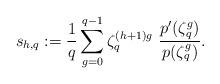
LaTeX: \begin{align*}s_{h,q}: =\frac{1}{q}\sum_{g=0}^{q-1}\zeta_q^{(h+1)g}~\frac{p'(\zeta_q^g)}{p(\zeta_q^g)}.\end{align*}